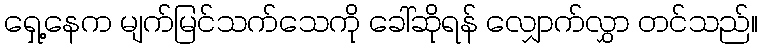
ရှေ့နေက မျက်မြင်သက်သေကို ခေါ်ဆိုရန် လျှောက်လွှာ တင်သည်။